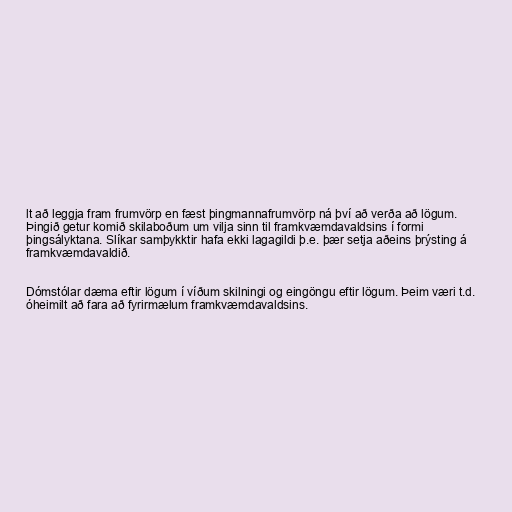
lt að leggja fram frumvörp en fæst þingmannafrumvörp ná því að verða að lögum.
Þingið getur komið skilaboðum um vilja sinn til framkvæmdavaldsins í formi
þingsályktana. Slíkar samþykktir hafa ekki lagagildi þ.e. þær setja aðeins þrýsting á
framkvæmdavaldið.

Dómstólar dæma eftir lögum í víðum skilningi og eingöngu eftir lögum. Þeim væri t.d.
óheimilt að fara að fyrirmælum framkvæmdavaldsins.